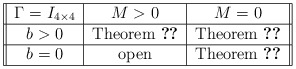
\begin{align*}\begin{tabular}{||c|c|c||}\hline$\Gamma = I_{4\times4}$ & $M>0$ & $M=0$ \\\hline$b>0$ & Theorem \ref{gwp-hartree3} & Theorem \ref{gwp-hartree1} \\\hline$b =0$ & open & Theorem \ref{gwp-hartree1}\\\hline\end{tabular}\end{align*}